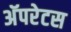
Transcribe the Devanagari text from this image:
अॅपरेटस